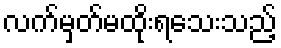
လက်မှတ်မထိုးရသေးသည့်